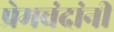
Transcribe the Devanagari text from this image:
प्रेमचंदांनी